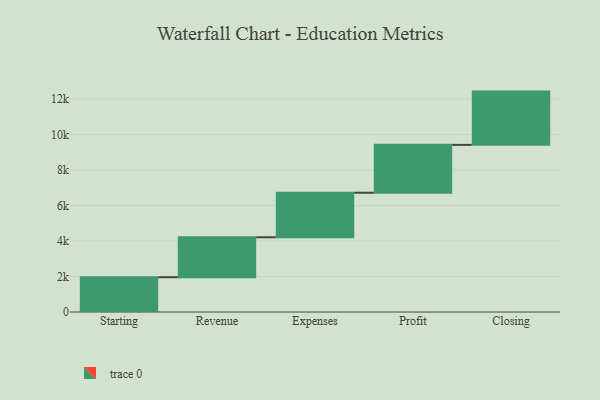
{"axis": {"x": "Step", "y": "Value"}, "legend": [""], "data": [{"x": "Starting", "y": 1960.0, "type": ""}, {"x": "Revenue", "y": 2249.0, "type": ""}, {"x": "Expenses", "y": 2509.0, "type": ""}, {"x": "Profit", "y": 2696.0, "type": ""}, {"x": "Closing", "y": 3000, "type": ""}]}